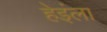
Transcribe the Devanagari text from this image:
हेइंला